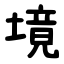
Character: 境